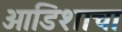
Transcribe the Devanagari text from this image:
ओडिशाचा